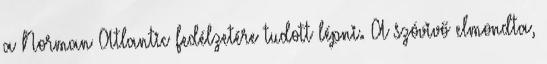
a Norman Atlantic fedélzetére tudott lépni. A szóvivő elmondta,